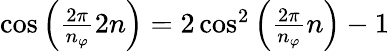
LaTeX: \begin{array}{r}{\cos\left(\frac{2\pi}{n_{\varphi}}2n\right)=2\cos^{2}\left(\frac{2\pi}{n_{\varphi}}n\right)-1}\end{array}